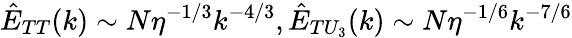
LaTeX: \hat{E}_{TT}(k)\sim N\eta^{-1/3}k^{-4/3},\hat{E}_{TU_{3}}(k)\sim N\eta^{-1/6}k^{-7/6}